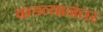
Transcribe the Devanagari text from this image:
कडव्यानंतर